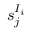
s _ { j } ^ { I _ { i } }